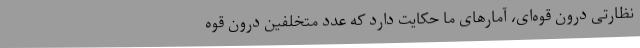
نظارتی درون قوه‌ای، آمارهای ما حکایت دارد که عدد متخلفین درون قوه